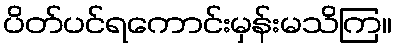
ပိတ်ပင်ရကောင်းမှန်းမသိကြ။